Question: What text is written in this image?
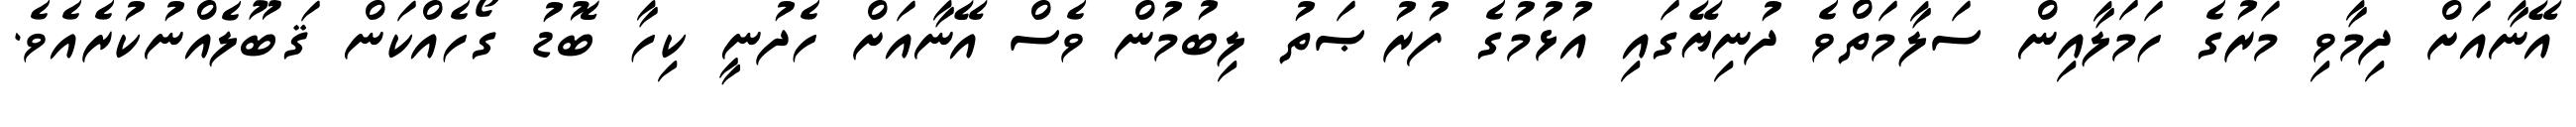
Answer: އޭނާއަށް ދިމާވި މަރުގެ ހަމަލާއިން ސަލާމަތްވެ ދުނިޔޭގައި އުޅުމުގެ ފުރުޞަތު ލިބުމުން ވެސް އޭނާއަށް ހެދުނީ ކިހާ ބޮޑު ގޯހެއްކަން ޤަބޫލެއްނުކުރެއެވެ.